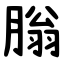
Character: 䐥